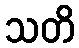
သတိ